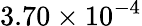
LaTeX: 3.70\times 10^{-4}